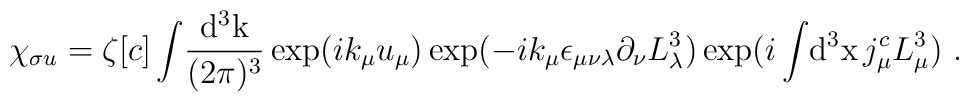
\chi_{\sigma u}=\zeta[c]\int\!\frac{\rm d^3k}{(2\pi)^3}\exp(ik_\mu u_\mu)\exp(-ik_\mu\epsilon_{\mu\nu\lambda}\partial_\nu L^3_\lambda)\exp(i\int\!{\rm d^3x}\,j^c_\mu L^3_\mu)~.